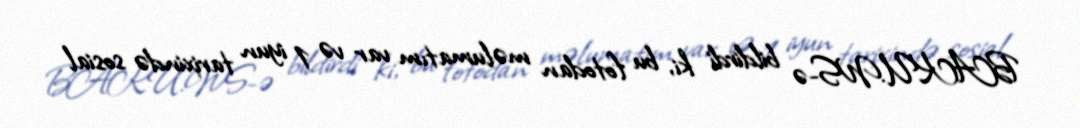
BAKU.WS-ə bildirdi ki, bu fotodan məlumatım var və 1 iyun tarixində sosial